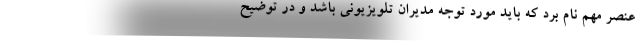
عنصر مهم نام برد که باید مورد توجه مدیران تلویزیونی باشد و در توضیح